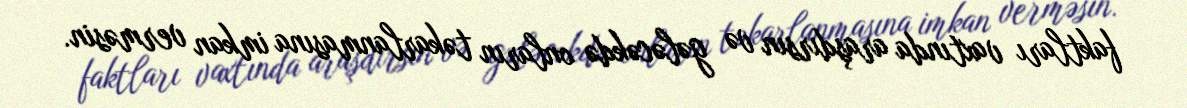
faktları vaxtında araşdırsın və gələcəkdə onların təkarlanmasına imkan verməsin.